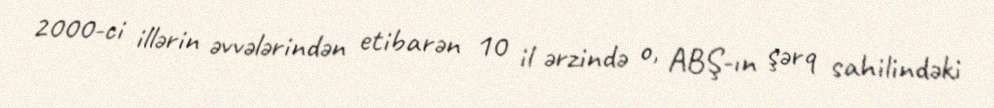
2000-ci illərin əvvələrindən etibarən 10 il ərzində o, ABŞ-ın şərq sahilindəki